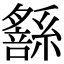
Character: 𦅹